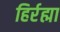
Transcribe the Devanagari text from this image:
हिर्रह्मा